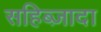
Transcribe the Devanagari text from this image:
सहिब्ज़ादा